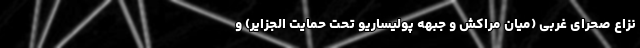
نزاع صحرای غربی (میان مراکش و جبهه پولیساریو تحت حمایت الجزایر) و